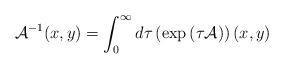
\begin{align*}{\cal A}^{-1}(x,y)=\int_{0}^{\infty}d\tau\left(\exp\left(\tau {\cal A}\right)\right)(x,y)\end{align*}